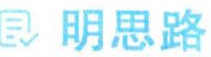
明思路